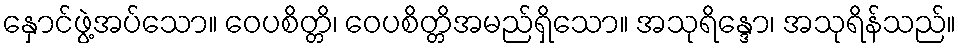
နှောင်ဖွဲ့အပ်သော။ ဝေပစိတ္တိ၊ ဝေပစိတ္တိအမည်ရှိသော။ အသုရိန္ဒော၊ အသုရိန်သည်။